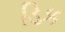
ડિક